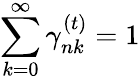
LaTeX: \sum_{k=0}^{\infty}\gamma_{nk}^{(t)}=1